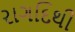
રાગદિથી